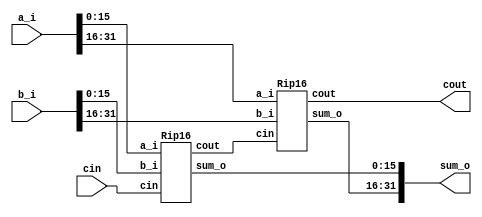
`timescale 1ns / 1ps

// Collection of 32, 16, 4 and single bit Ripple
// carry adders

module Rip32(sum_o, cout, a_i, b_i, cin);
    //main module of 16 bit Ripple carry adder
    input [31:0]a_i;
    input [31:0]b_i;
    input cin;
    output cout;
    output [31:0]sum_o;
    
    wire c16, cout;
    Rip16 m1(sum_o[15:0], c16, a_i[15:0], b_i[15:0], cin);
    Rip16 m2(sum_o[31:16], cout, a_i[31:16], b_i[31:16], c16);
endmodule

module Rip16(sum_o, cout, a_i, b_i, cin);
    //main module of 16 bit Ripple carry adder
    input [15:0]a_i;
    input [15:0]b_i;
    input cin;
    output cout;
    output [15:0]sum_o;
    wire c4, c8, c12, cout;
    Rip4 m1(sum_o[3:0], c4, a_i[3:0], b_i[3:0], cin);
    Rip4 m2(sum_o[7:4], c8, a_i[7:4], b_i[7:4], c4);
    Rip4 m3(sum_o[11:8], c12, a_i[11:8], b_i[11:8], c8);
    Rip4 m4(sum_o[15:12], cout, a_i[15:12], b_i[15:12], c12);
endmodule

module Rip4(sum_o, cout, a_i, b_i, cin);
 //sub module for 4 bit Ripple carry adder
    input [3:0]a_i;
    input [3:0]b_i;
    input cin;
    output cout;
    output [3:0]sum_o;
    wire c2, c3, c4, cout;
    Fa m1(sum_o[0], c2, a_i[0], b_i[0], cin);
    Fa m2(sum_o[1], c3, a_i[1], b_i[1], c2);
    Fa m3(sum_o[2], c4, a_i[2], b_i[2], c3);
    Fa m4(sum_o[3], cout, a_i[3], b_i[3], c4);
endmodule

module Fa(sum_o, cout, a_i, b_i, cin);
    //sub module for Full adder
    input a_i, b_i, cin;
    output sum_o, cout;
    wire w1, w2, w3;
    Ha m1(w1, w2, a_i, b_i);
    Ha m2(sum_o, w3, w1, cin);
    or m3(cout, w2, w3);
endmodule

module Ha(sum_o,cout,a_i,b_i);
 //sub module for Half adder
    input a_i,b_i;
    output sum_o,cout;
    xor m1(sum_o,a_i,b_i);
    and m2(cout,a_i,b_i);
endmodule